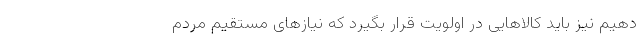
دهیم نیز باید کالاهایی در اولویت قرار بگیرد که نیازهای مستقیم مردم